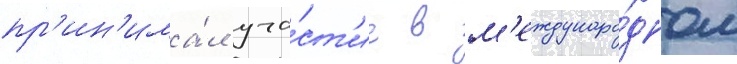
пр'ин'има́л уча́ст'ие в м'еждунаро́дном